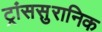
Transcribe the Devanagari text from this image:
ट्रांससुरानिक